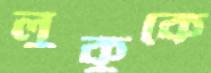
লুকুকে